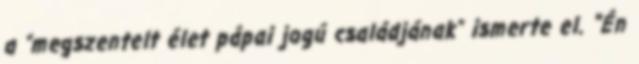
a “megszentelt élet pápai jogú családjának” ismerte el. "Én